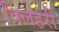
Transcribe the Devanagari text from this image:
त्रिलहरी